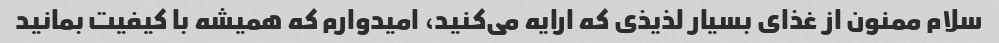
سلام ممنون از غذای بسیار لذیذی که ارایه می‌کنید، امیدوارم که همیشه با کیفیت بمانید